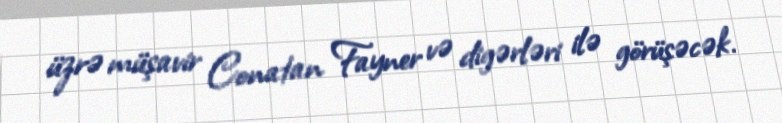
üzrə müşavir Conatan Fayner və digərləri ilə görüşəcək.